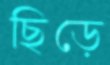
ছিড়ে